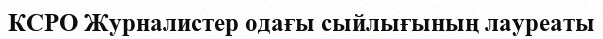
КСРО Журналистер одағы сыйлығының лауреаты